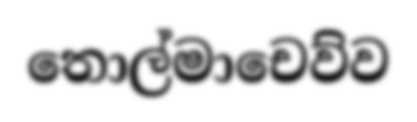
තොල්මාචෙව්ව